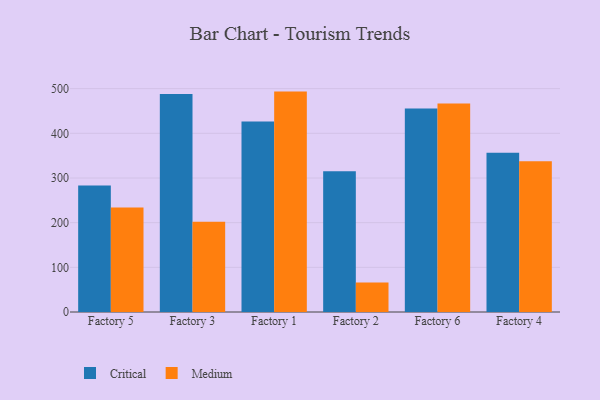
{"axis": {"x": "Factory", "y": "Customer Acquisition Cost (USD)"}, "legend": ["Critical", "Medium"], "data": [{"x": "Factory 5", "y": 283.2, "type": "Critical"}, {"x": "Factory 5", "y": 234.0, "type": "Medium"}, {"x": "Factory 3", "y": 487.8, "type": "Critical"}, {"x": "Factory 3", "y": 202.3, "type": "Medium"}, {"x": "Factory 1", "y": 426.5, "type": "Critical"}, {"x": "Factory 1", "y": 493.4, "type": "Medium"}, {"x": "Factory 2", "y": 315.2, "type": "Critical"}, {"x": "Factory 2", "y": 66.0, "type": "Medium"}, {"x": "Factory 6", "y": 455.4, "type": "Critical"}, {"x": "Factory 6", "y": 466.5, "type": "Medium"}, {"x": "Factory 4", "y": 356.6, "type": "Critical"}, {"x": "Factory 4", "y": 337.5, "type": "Medium"}]}